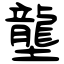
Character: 壟